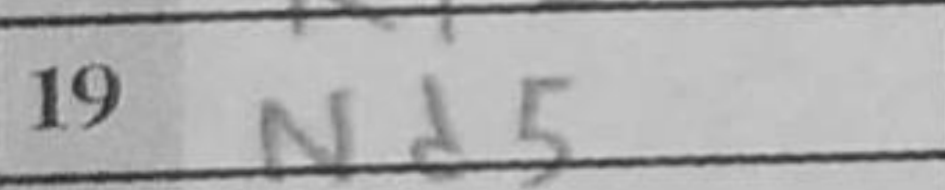
Transcription: Nd5